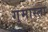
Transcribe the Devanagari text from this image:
गुमास्ता